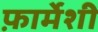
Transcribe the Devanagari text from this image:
फ़ार्मेशी